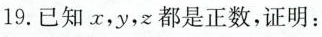
19.已知x，y，z都是正数，证明：